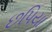
છપિયા